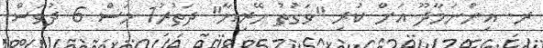
ރ. އިންނަމާދޫ އަށް ކުރި "ވަަގުތު ހޭރިޔާ" ދަތުރު1 މަސް 6 ދުވަސް